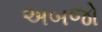
અબજો